Report on vaccination in Madras 1922-1929 - 1922-1929
Year: 1922
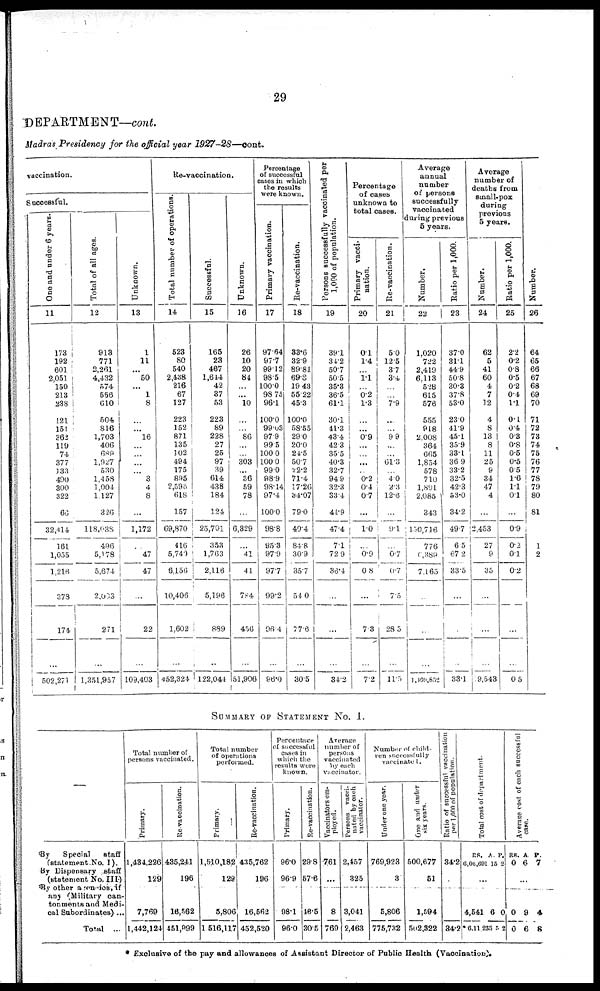
29
DEPARTMENT—cont.
Madras Presidency for the official year
1927-28—cont.
vaccination.
Successful.
One and under 6 years.
11
173
192
601
2,051
150
213
238
121
151
362
119
74
377
133
490
300
322
66
32,414
161
1,055
1,216
378
174
...
502,271
Total of all ages.
12
913
771
2,261
4,432
574
556
610
504
816
1,703
406
689
1,927
530
1,458
1,004
1,127
326
118,038
496
5,178
5,674
2,003
271
...
1,351,957
Unknown.
13
1
11
...
50
...
1
8
...
...
16
...
...
...
...
3
4
8
...
1,172
47
47
...
22
...
109,403
Re-vaccination.
Total number of operations.
14
523
80
540
2,438
216
67
127
223
152
871
135
102
494
175
895
2,596
618
157
69,870
416
5,740
6,156
10,406
1,602
...
452,324
Successful.
15
165
23
467
1,644
42
37
53
223
89
228
27
25
97
39
614
438
184
124
25,701
353
1,763
2,116
5,196
889
...
122,044
Unknown.
16
26
10
20
84
...
...
10
...
...
86
...
...
303
...
36
59
78
...
6,329
...
41
41
784
456
...
51,906
Percentage
of successful
cases in which
the results
were known.
Primary vaccination.
17
97.64
97.7
99.12
98.5
100.0
98.75
96.1
100.0
99.03
97.9
99.5
100.0
100.0
99.0
98.9
98.14
97.4
100.0
98.8
95.3
97.9
97.7
99.2
96.4
...
96.0
Re-vaccination.
18
33.6
32.9
89.81
69.8
19.43
55.22
45.3
100.0
58.55
29.0
20.0
24.5
50.7
22.2
71.4
17.26
34.07
79.0
40.4
84.8
30.9
35.7
54.0
77.6
...
30.5
Persons successfully vaccinated per
1,000 of population.
19
39.1
34.2
50.7
50.5
35.3
36.5
61.1
30.1
41.3
43.4
42.3
35.5
40.3
32.7
94.9
32.3
33.4
41.9
47.4
7.1
72.9
36.4
...
...
...
34.2
Percentage
of cases
unknown to
total cases.
Primary vacci-
nation.
20
0.1
1.4
...
1.1
...
0.2
1.3
...
...
0.9
...
...
...
...
0.2
0.4
0.7
...
1.0
...
0.9
0.8
...
7.3
...
7.2
Re-vaccination.
21
5.0
12.5
3.7
3.4
...
...
7.9
...
...
9.9
...
...
61.3
...
4.0
2.3
12.6
...
9.1
...
0.7
0.7
7.5
28.5
...
11.5
Average
annual
number
of persons
successfully
vaccinated
during previous
5 years.
Number.
22
1,020
722
2,419
6,113
528
615
576
555
918
2,008
364
665
1,854
578
710
1,891
2,085
343
150,716
776
0,389
7,165
...
...
...
1,109,852
Ratio per 1,000.
23
37.0
31.1
44.9
50.8
30.3
37.8
53.0
23.0
41.9
45.1
35.9
33.1
36.9
33.2
32.5
42.3
53.0
34.2
49.7
6.5
67.2
33.5
...
...
...
33.1
Average
number of
deaths from
small-pox
during
previous
5 years.
Number.
24
62
5
41
60
4
7
12
4
8
13
8
11
25
9
34
47
4
...
2,453
27
9
35
...
...
...
9,543
Ratio per 1,000.
25
2.2
0.2
0.8
0.5
0.2
0.4
1.1
0.1
0.4
0.3
0.8
0.5
0.5
0.5
1.6
1.1
0.1
...
0.9
0.2
0.1
0.2
...
...
...
0.5
Number.
26
64
65
66
67
68
69
70
71
72
73
74
75
76
77
78
79
80
81
...
1
2
...
...
...
...
...
SUMMARY OF STATEMENT No. I.
—
By
Special
staff
(statement No. I).
By Dispensary staff
(statement No. III)
By other agencies if
any (Military can-
tonments and Medi-
cal Subordinates) ...
Total ...
Total number of
persons vaccinated.
Primary.
1,434,226
129
7,769
1,442,124
Re-vaccination.
435,241
196
16,562
451,099
Total number
of operations
performed.
Primary.
1,510,182
129
5,806
1,516,117
Re-vaccination.
435,762
196
16,562
452,520
Percentage
of successful
cases in
which the
results were
known.
Primary.
96.0
96.9
98.1
96.0
Re-vaccination.
29.8
57.6
46.5
30.5
Average
number of
persons
vaccinated
by each
vaccinator.
Vaccinators em-
ployed.
761
...
8
769
Persons vacci-
nated by each
vaccinator.
2,457
325
3,041
2,463
Number of child-
ren successfully
vaccinated.
Under one year.
769,923
3
5,806
775,732
One and under
six years.
500,677
51
1,594
502,322
Ratio of successful vaccination
pur 1,000 of population.
34.2
...
34.2
Total cost of department.
RS.
6,06,691
A.
15
P.
2
...
4,541
* 6,11,233
6
5
0
2
Average cost of each successful
case.
RS.
0
A.
6
P.
7
...
0
0
9
6
4
8
* Exclusive of the pay and allowances of Assistant Director of Public Health (Vaccination).